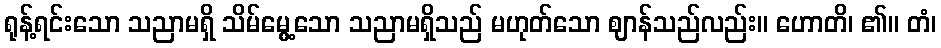
ရုန့်ရင်းသော သညာမရှိ သိမ်မွေ့သော သညာမရှိသည် မဟုတ်သော ဈာန်သည်လည်း။ ဟောတိ၊ ၏။ တံ၊